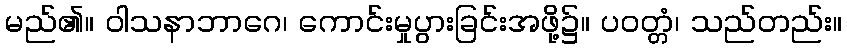
မည်၏။ ဝါသနာဘာဂေ၊ ကောင်းမှုပွားခြင်းအဖို့၌။ ပဝတ္တံ၊ သည်တည်း။